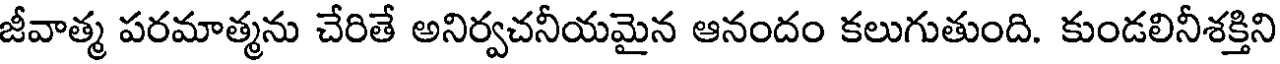
జీవాత్మ పరమాత్మను చేరితే అనిర్వచనీయమైన ఆనందం కలుగుతుంది. కుండలినీశక్తిని